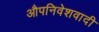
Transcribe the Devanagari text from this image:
औपनिवेशवादी